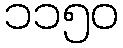
၁၁၅၀